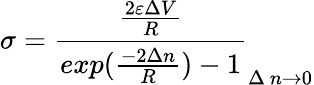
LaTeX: \sigma=\frac{\frac{2\varepsilon\Delta V}{R}}{exp(\frac{-2\Delta n}{R})-1}_{\Delta~n\rightarrow 0}